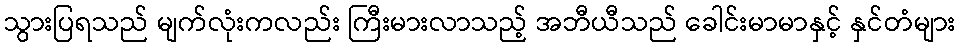
သွားပြရသည် မျက်လုံးကလည်း ကြီးမားလာသည့် အဘီယီသည် ခေါင်းမာမာနှင့် နှင်တံများ